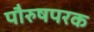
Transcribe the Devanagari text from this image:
पौरुषपरक